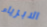
الابرياء